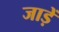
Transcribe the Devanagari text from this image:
जाड़ें